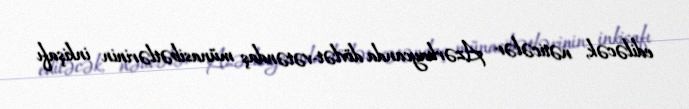
ediləcək, nəticələr Azərbaycanda dövlət-vətəndaş münasibətlərinin inkişafı